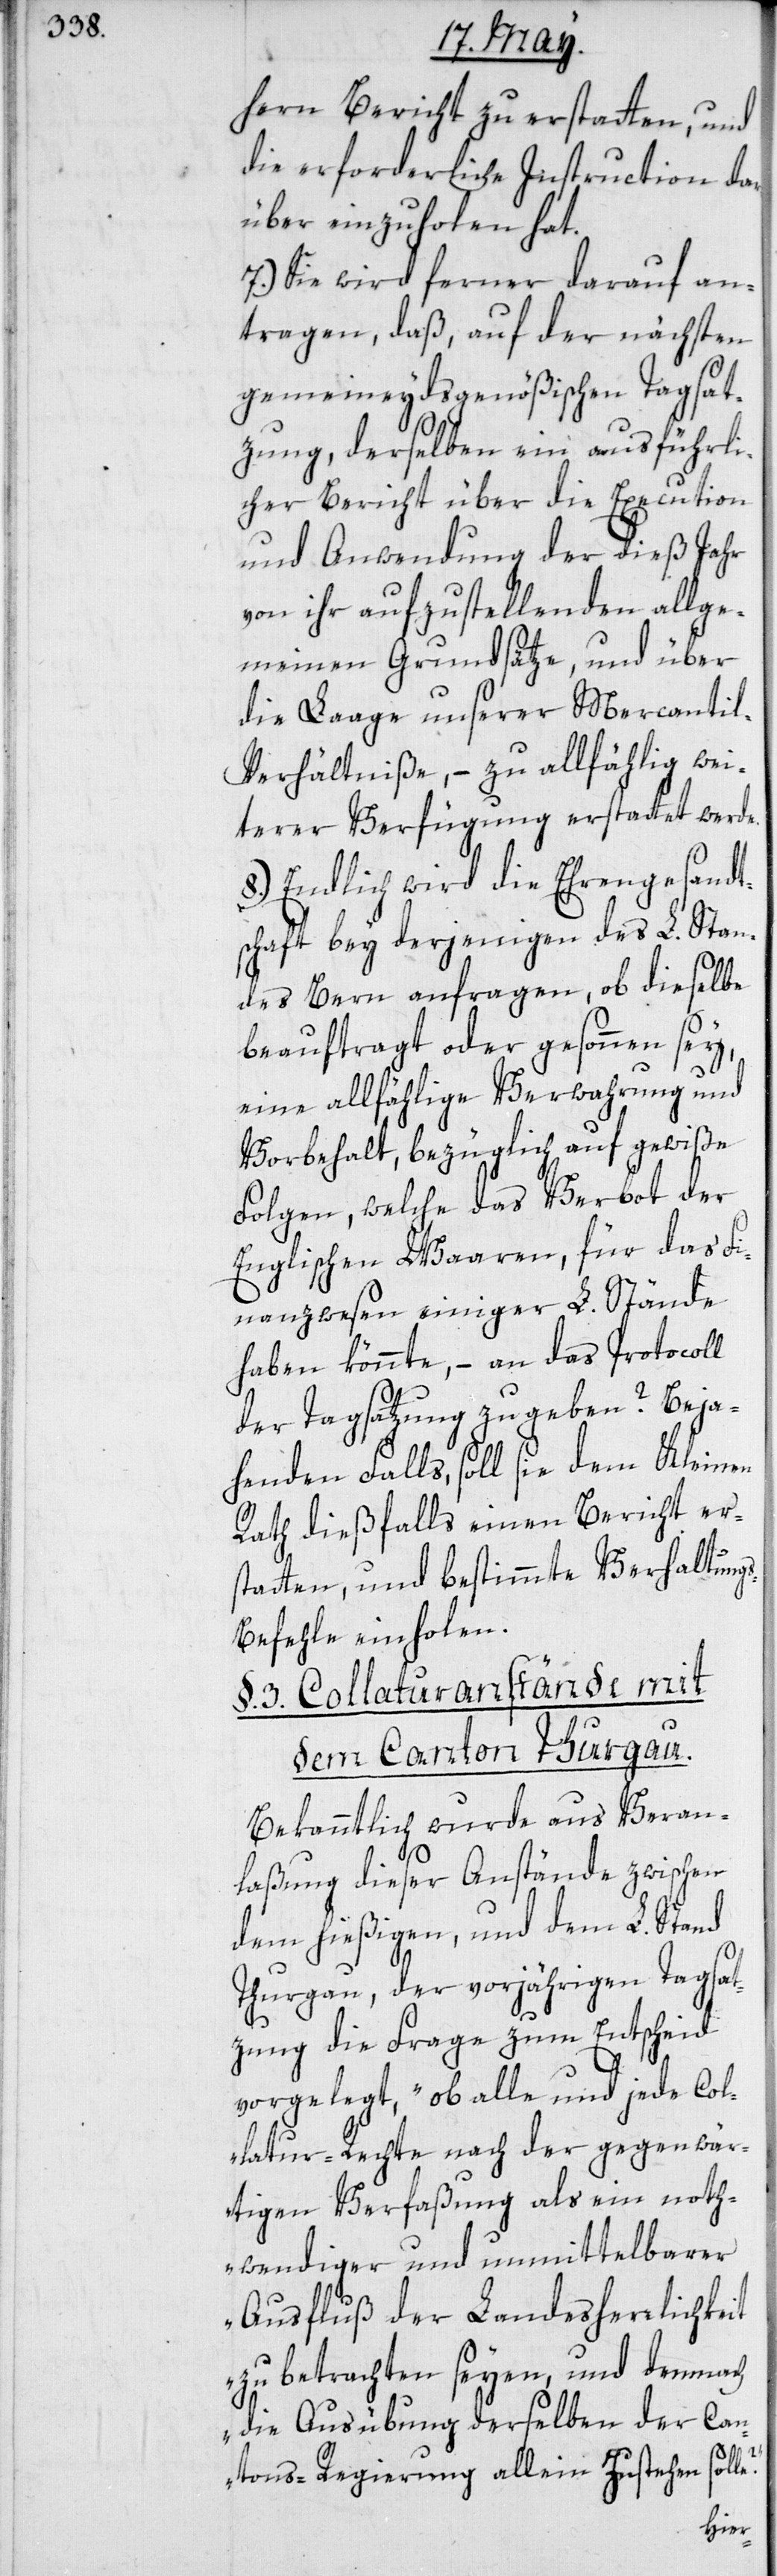
hern Bericht zu erstatten, und
die erforderliche Instruction dar¬
über einzuholen hat.
7.) Sie wird ferner darauf an¬
tragen, daß, auf der nächsten
gemeineydsgenößischen Tagsat¬
zung, derselben ein ausführli¬
cher Bericht über die Execution
und Anwendung der dieß Jahr
von ihr aufzustellenden allge¬
meinen Grundsätze, und über
die Laage unserer Mercanti¬
l-Verhältniße, – zu allfählig wei¬
terer Verfügung erstattet werde.
8.) Endlich wird die Ehrengesandt¬
schaft bey derjenigen des L. Stan¬
des Bern anfragen, ob dieselbe
beauftragt oder gesonnen sey,
eine allfählige Verwahrung und
Vorbehalt, bezüglich auf gewiße
Folgen, welche das Verbot der
Englischen Waaren, für das Fi¬
nanzwesen einiger L. Stände
haben könnte, – an das Protocoll
der Tagsatzung zu geben? Beja¬
henden Falls, soll sie dem Kleinen
Rath dießfalls einen Bericht er¬
statten, und bestimmte Verhaltung¬
s-Befehle einholen.
§. 3. Collaturanstände mit
dem Canton Thurgau.
Bekanntlich wurde aus Veran¬
laßung dieser Anstände zwischen
dem hießigen, und dem L. Stand
Thurgau, der vorjährigen Tagsat¬
zung die Frage zum Entscheid
vorgelegt, „ob alle und jede Col¬
latur-Rechte nach der gegenwär¬
tigen Verfaßung als ein noth¬
wendiger und unmittelbarer
Ausfluß der Landesherrlichkeit
zu betrachten seyen, und demnach
die Ausübung derselben der Can¬
e?“
tons-Regierung allein zustehen soll¬